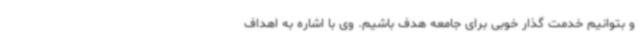
و بتوانیم خدمت گذار خوبی برای جامعه هدف باشیم. وی با اشاره به اهداف